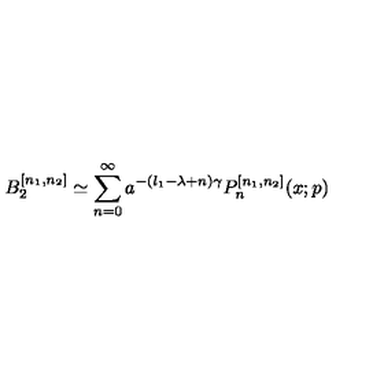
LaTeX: B _ { 2 } ^ { [ n _ { 1 } , n _ { 2 } ] } \simeq \sum _ { n = 0 } ^ { \infty } a ^ { - ( l _ { 1 } - \lambda + n ) \gamma } P _ { n } ^ { [ n _ { 1 } , n _ { 2 } ] } ( x ; p )